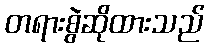
တရားစွဲဆိုထားသည်